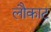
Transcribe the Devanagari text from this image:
लौकाट